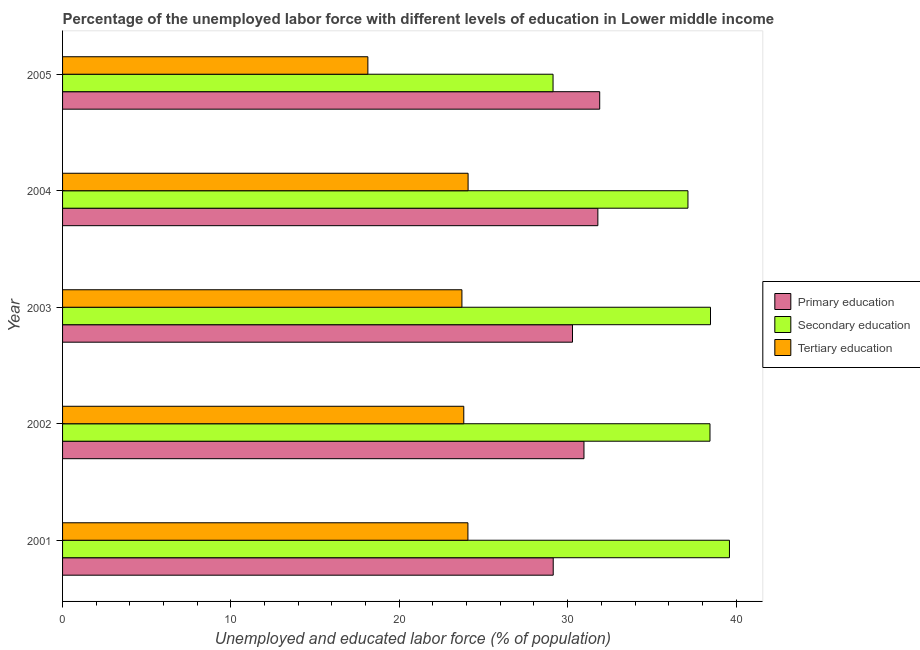
| Year | Primary education | Secondary education | Tertiary education |
 | --- | --- | --- | --- |
 | 2001 | 29.1 | 39.6 | 24.1 |
 | 2002 | 31 | 38.5 | 23.8 |
 | 2003 | 30.3 | 38.5 | 23.7 |
 | 2004 | 31.8 | 37.1 | 24.1 |
 | 2005 | 31.9 | 29.1 | 18.1 |